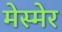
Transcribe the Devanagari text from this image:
मेस्मेर